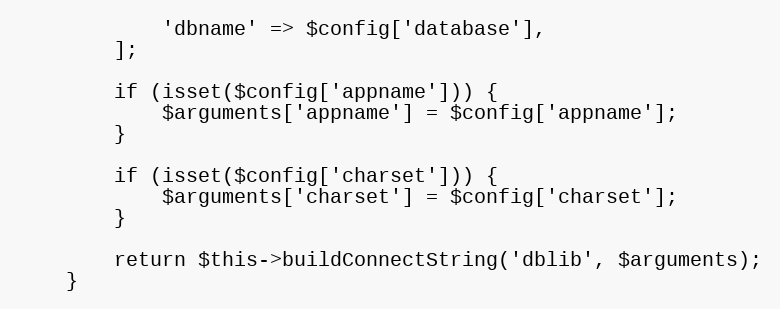
Language: PHP
            'dbname' => $config['database'],
        ];

        if (isset($config['appname'])) {
            $arguments['appname'] = $config['appname'];
        }

        if (isset($config['charset'])) {
            $arguments['charset'] = $config['charset'];
        }

        return $this->buildConnectString('dblib', $arguments);
    }